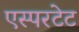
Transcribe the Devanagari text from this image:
एस्परटेट